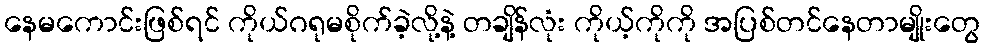
နေမကောင်းဖြစ်ရင် ကိုယ်ဂရုမစိုက်ခဲ့လို့နဲ့ တချိန်လုံး ကိုယ့်ကိုကို အပြစ်တင်နေတာမျိုးတွေ